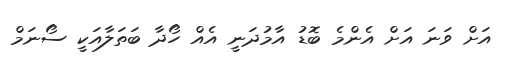
އަށް ވަނަ އަށް އެންމެ ބޮޑު އާމުދަނީ އެއް ހޯދާ ބަތަލާއަކީ ސޯނަމް